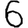
Digit: 6